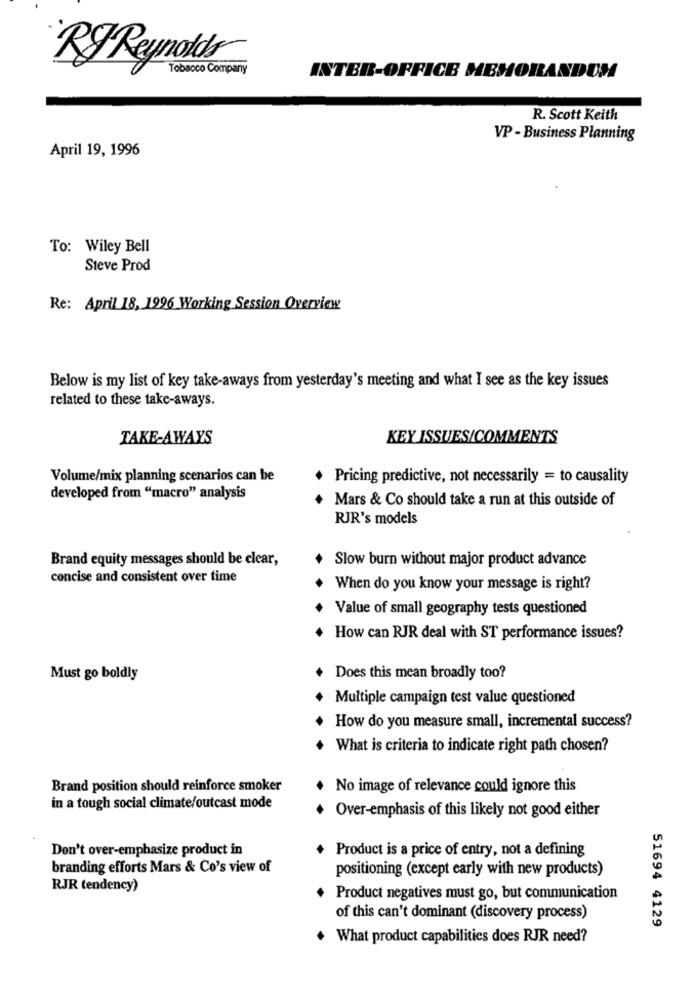
RF Reynolds
Tobacco Company
INTER-OFFICE MEMORANDUM
R. Scott Keith
VP - Business Planning
April 19, 1996
To: Wiley Bell
Steve Prod
Re: April 18, 1996 Working Session Overview
Below is my list of key take-aways from yesterday's meeting and what I see as the key issues
related to these take-aways.
TAKE-AWAYS
KEY ISSUES/COMMENTS
Volume/mix planning scenarios can be
Pricing predictive, not necessarily = to causality
developed from "macro" analysis
Mars & Co should take a run at this outside of
RJR's models
Brand equity messages should be clear,
+ Slow burn without major product advance
concise and consistent over time
When do you know your message is right?
Value of small geography tests questioned
How can RJR deal with ST performance issues?
Must go boldly
Does this mean broadly too?
Multiple campaign test value questioned
How do you measure small, incremental success?
What is criteria to indicate right path chosen?
Brand position should reinforce smoker
No image of relevance could ignore this
in a tough social climate/outcast mode
Over-emphasis of this likely not good either
Don't over-emphasize product in
Product is a price of entry, not a defining
branding efforts Mars & Co's view of
positioning (except early with new products)
RJR tendency)
Product negatives must go, but communication
of this can't dominant (discovery process)
51694 4129
. What product capabilities does RJR need?